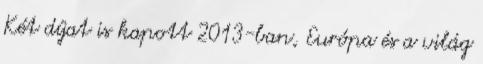
Két díjat is kapott 2013-ban, Európa és a világ